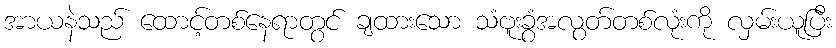
အာယနဲသည် ထောင့်တစ်နေရာတွင် ချထားသော သံဗူးခွံအလွတ်တစ်လုံးကို လှမ်းယူပြီး